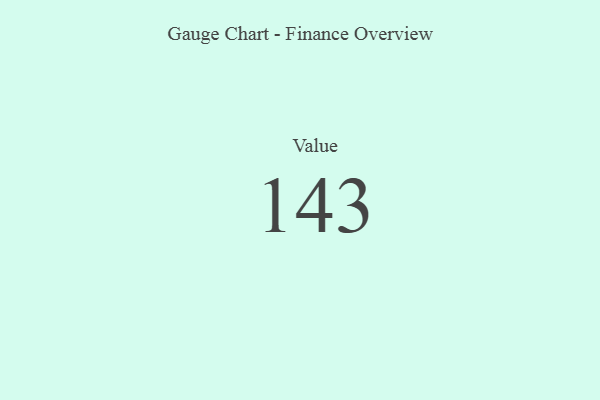
{"axis": {"x": "Metric", "y": "Value"}, "legend": [""], "data": [{"x": "Value", "y": 143, "type": ""}]}